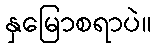
နှမြောစရာပဲ။